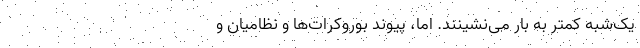
یک‌شبه کمتر به بار می‌نشینند.‌ اما، پیوند بوروکرات‌ها و نظامیان و